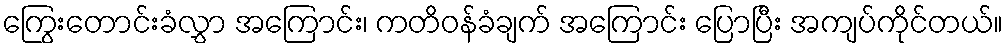
ကြွေးတောင်းခံလွှာ အကြောင်း၊ ကတိဝန်ခံချက် အကြောင်း ပြောပြီး အကျပ်ကိုင်တယ်။